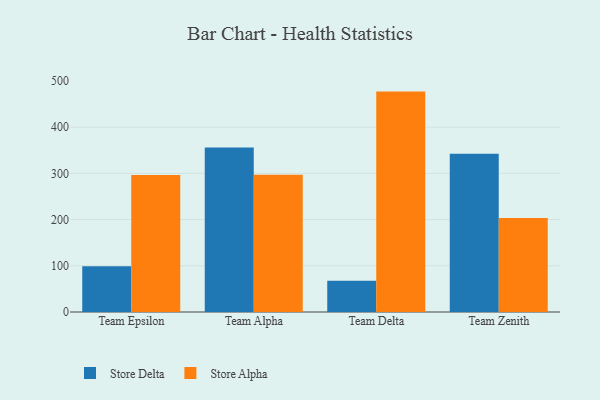
{"axis": {"x": "Team", "y": "Shipments"}, "legend": ["Store Alpha", "Store Delta"], "data": [{"x": "Team Epsilon", "y": 98.8, "type": "Store Delta"}, {"x": "Team Epsilon", "y": 296.6, "type": "Store Alpha"}, {"x": "Team Alpha", "y": 356.2, "type": "Store Delta"}, {"x": "Team Alpha", "y": 297.0, "type": "Store Alpha"}, {"x": "Team Delta", "y": 67.9, "type": "Store Delta"}, {"x": "Team Delta", "y": 477.0, "type": "Store Alpha"}, {"x": "Team Zenith", "y": 342.3, "type": "Store Delta"}, {"x": "Team Zenith", "y": 203.6, "type": "Store Alpha"}]}